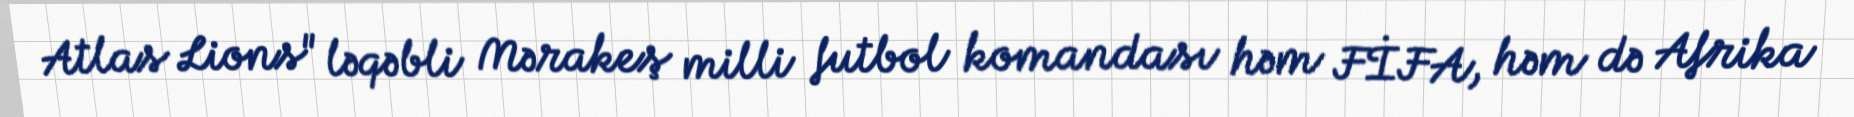
Atlas Lions" ləqəbli Mərakeş milli futbol komandası həm FİFA, həm də Afrika